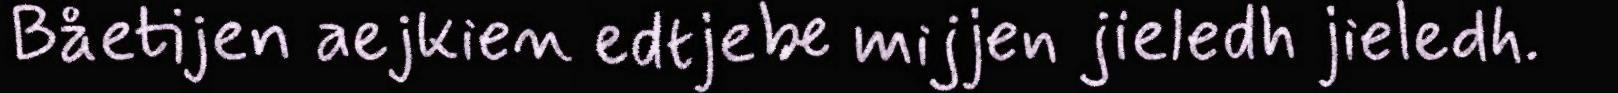
Båetijen aejkien edtjebe mijjen jieledh jieledh.